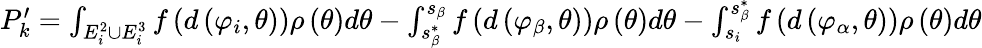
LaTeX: \begin{array}{r}{P_{k}^{\prime}=\int_{E_{i}^{2}\cup E_{i}^{3}}{f\left({d\left({{\varphi_{i}},\theta}\right)}\right)\rho\left(\theta\right)d\theta}-\int_{s_{\beta}^{*}}^{{s_{\beta}}}{f\left({d\left({{\varphi_{\beta}},\theta}\right)}\right)\rho\left(\theta\right)d\theta}-\int_{{s_{i}}}^{s_{\beta}^{*}}{f\left({d\left({{\varphi_{\alpha}},\theta}\right)}\right)\rho\left(\theta\right)d\theta}}\end{array}